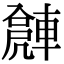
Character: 𨍻